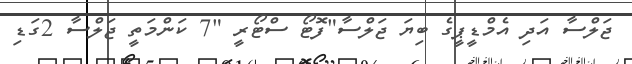
ޖަލްސާ އަދި އެމްޑީޕީގެ ބިޔަ ޖަލްސާ"ފޮޓޯ ސްޓޯރީ "7 ކަންމަތީ ޖަލްސާ 2ގަޑި